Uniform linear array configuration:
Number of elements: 24
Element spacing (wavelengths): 1
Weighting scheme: hamming
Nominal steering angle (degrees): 30
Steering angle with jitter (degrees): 31.316
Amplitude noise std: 0.05
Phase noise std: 0.05

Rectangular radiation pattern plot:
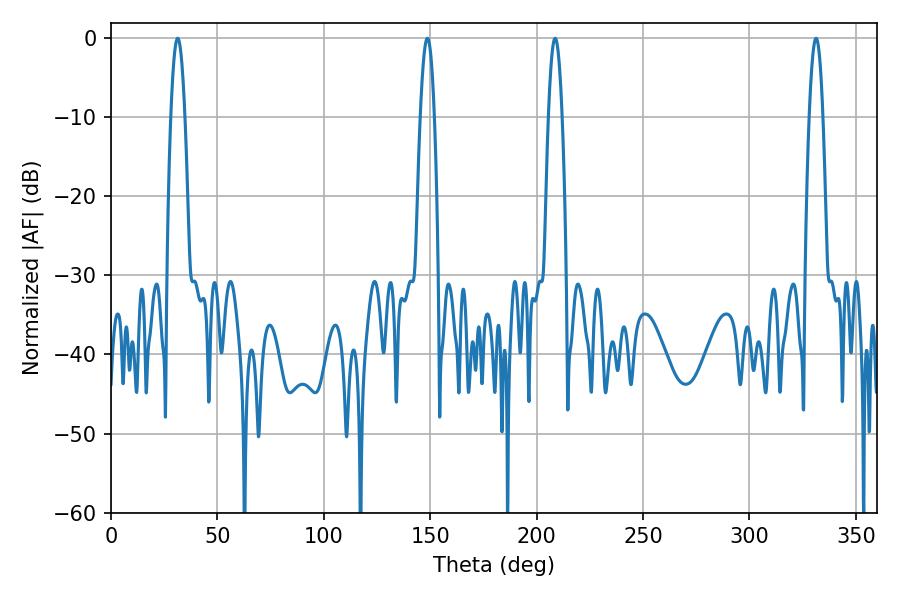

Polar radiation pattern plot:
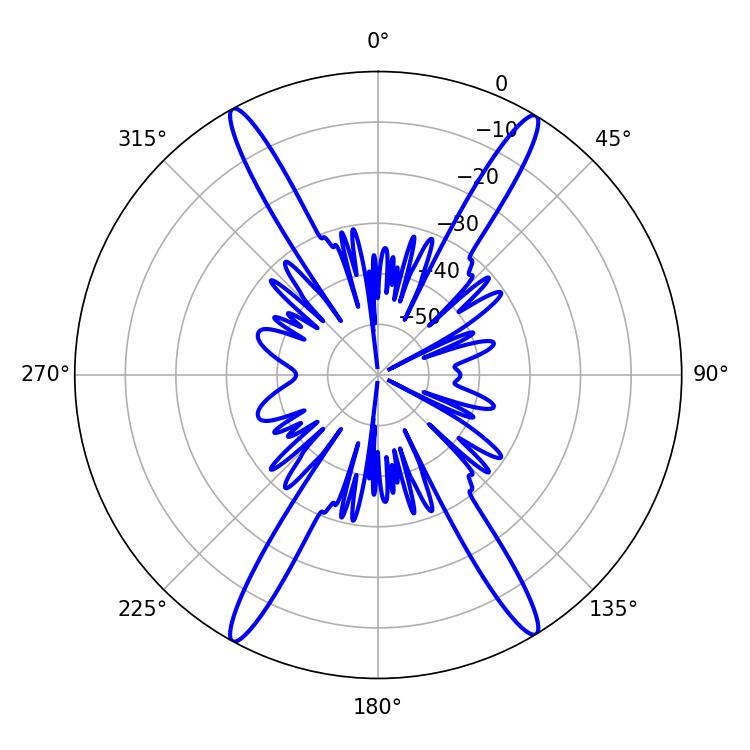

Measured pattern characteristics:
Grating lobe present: TRUE
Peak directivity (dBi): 24.35
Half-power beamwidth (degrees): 3.6
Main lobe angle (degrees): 31.32